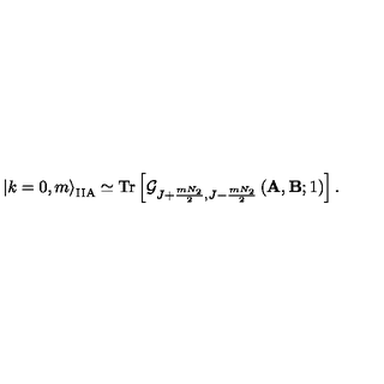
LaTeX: \left| k = 0 , m \right> _ { \mathrm { I I A } } \simeq \mathrm { T r } \left[ \mathcal { G } _ { J + \frac { m N _ { 2 } } { 2 } , J - \frac { m N _ { 2 } } { 2 } } \left( \mathbf { A } , \mathbf { B } ; 1 \right) \right] .